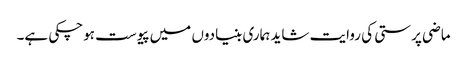
ماضی پرستی کی روایت شاید ہماری بنیادوں میں پیوست ہوچکی ہے۔